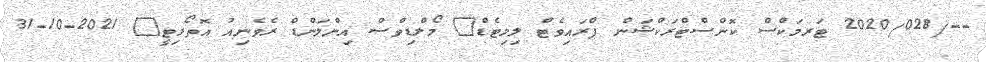
--/2020/028 ޓަރމަކްސް ކޮންސްޓްރަކްޝަން ޕްރައިވެޓް ލިމިޓެޑް	 މޯލްޑިވްސް އިންލަންޑް ރެވެނިއު އޮތޯރިޓީ	 2021-10-31